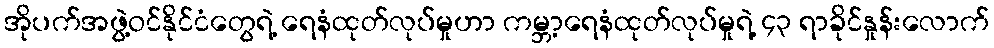
အိုပက်အဖွဲ့ဝင်နိုင်ငံတွေရဲ့ ရေနံထုတ်လုပ်မှုဟာ ကမ္ဘာ့ရေနံထုတ်လုပ်မှုရဲ့ ၄၃ ရာခိုင်နှုန်းလောက်